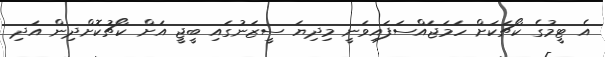
އެ ޓީމުގެ ކޯޗަކަށް ހަމަޖައްސަފައިވަނީ މިދިޔަ ސީޒަނުގައި ބީޖީ އަށް ކޯޗުކޮށްދިން އަދި